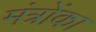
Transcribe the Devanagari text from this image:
मंत्रोंका